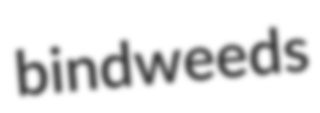
bindweeds